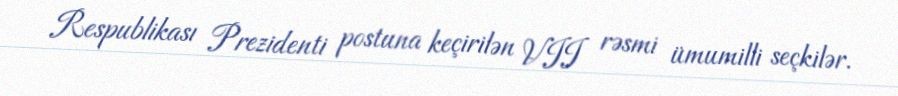
Respublikası Prezidenti postuna keçirilən VII rəsmi ümumilli seçkilər.